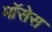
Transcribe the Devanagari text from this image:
मॉसेस